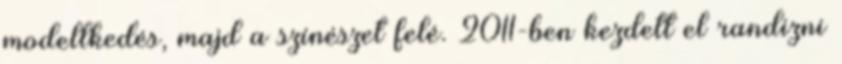
modellkedés, majd a színészet felé. 2011-ben kezdett el randizni